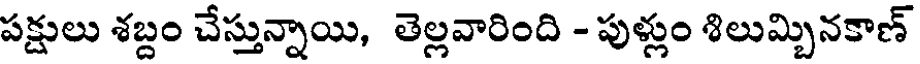
పక్షులు శబ్దం చేస్తున్నాయి, తెల్లవారింది - పుళ్లుం శిలుమ్బినకాణ్